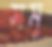
সমু